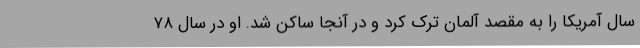
سال آمریکا را به مقصد آلمان ترک کرد و در آنجا ساکن شد. او در سال ۷۸